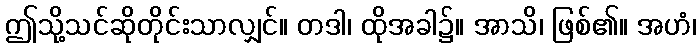
ဤသို့သင်ဆိုတိုင်းသာလျှင်။ တဒါ၊ ထိုအခါ၌။ အာသိ၊ ဖြစ်၏။ အဟံ၊